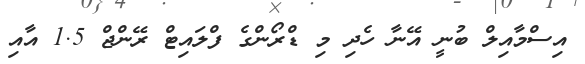
އިސްމާއިލް ބުނީ އޭނާ ހެދި މި ޑްރޯންގެ ފްލައިޓް ރޭންޖް 1.5 އާއި